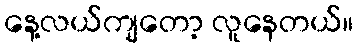
နေ့လယ်ကျတော့ လူနေတယ်။